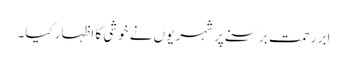
ابر رحمت برسنے پر شہریوں نے خوشی کا اظہار کیا۔